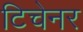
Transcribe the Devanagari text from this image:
टिचेनर